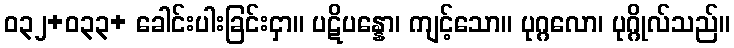
ဝ၃၂+၀၃၃+ ခေါင်းပါးခြင်းငှာ။ ပဋိပန္နော၊ ကျင့်သော။ ပုဂ္ဂလော၊ ပုဂ္ဂိုလ်သည်။